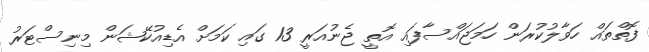
ފޮތްތައް ހަވާލުކުރަން ހަމަޖައްސާފައި އޮތީ ޖެނުއަރީ 13 ގައި ކަމަށް އެޑިއުކޭޝަން މިނިސްޓަރު